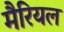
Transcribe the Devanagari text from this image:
मैरियल